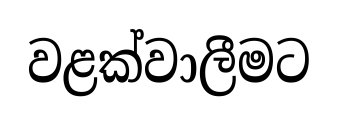
වළක්වාලීමට